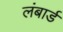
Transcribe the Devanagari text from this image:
लंबार्ड